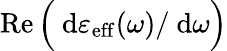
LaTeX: \operatorname{Re}\Big(\ \mathrm{d}{\varepsilon_{\mathrm{eff}}(\omega)}/\ \mathrm{d}{\omega}\Big)